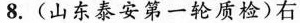
8. (山东泰安第一轮质检)右